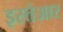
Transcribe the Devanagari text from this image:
इस्तेआर